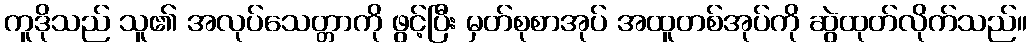
ကူဒိုသည် သူ၏ အလုပ်သေတ္တာကို ဖွင့်ပြီး မှတ်စုစာအုပ် အထူတစ်အုပ်ကို ဆွဲထုတ်လိုက်သည်။